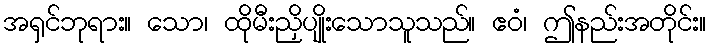
အရှင်ဘုရား။ သော၊ ထိုမီးညှိပျိုးသောသူသည်။ ဧဝံ၊ ဤနည်းအတိုင်း။